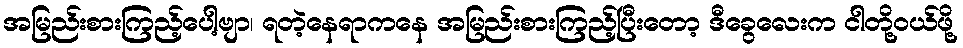
အမြည်းစားကြည့်ပေါ့ဗျာ၊ ရတဲ့နေရာကနေ အမြည်းစားကြည့်ပြီးတော့ ဒီခွေလေးက ငါတို့ဝယ်ဖို့